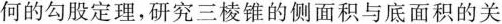
何的勾股定理，研究三棱锥的侧面积与底面积的关